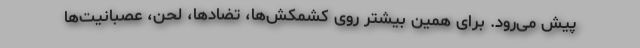
پیش می‌رود. برای همین بیشتر روی کشمکش‌ها، تضادها، لحن، عصبانیت‌ها